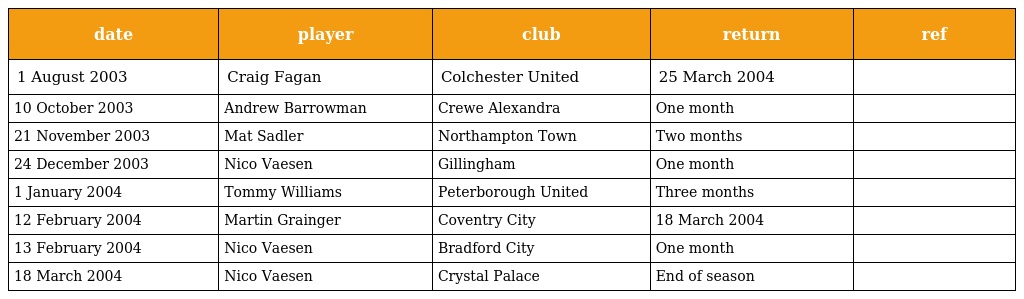
| date | player | club | return | ref |
 | --- | --- | --- | --- | --- |
 | 1 August 2003 | Craig Fagan | Colchester United | 25 March 2004 |  |
 | 10 October 2003 | Andrew Barrowman | Crewe Alexandra | One month |  |
 | 21 November 2003 | Mat Sadler | Northampton Town | Two months |  |
 | 24 December 2003 | Nico Vaesen | Gillingham | One month |  |
 | 1 January 2004 | Tommy Williams | Peterborough United | Three months |  |
 | 12 February 2004 | Martin Grainger | Coventry City | 18 March 2004 |  |
 | 13 February 2004 | Nico Vaesen | Bradford City | One month |  |
 | 18 March 2004 | Nico Vaesen | Crystal Palace | End of season |  |